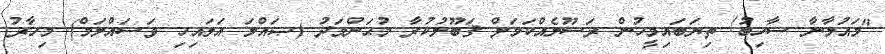
"މައުލާނާ ސާހިބު! ތިޔަބައިމީހުން ރަސޫލެއްކަމަށް ޤަބޫލުކުރާ މުޙަންމަދު (ޞައްލަ އަލައިހި ވަސައްލަމް) މިހާރު